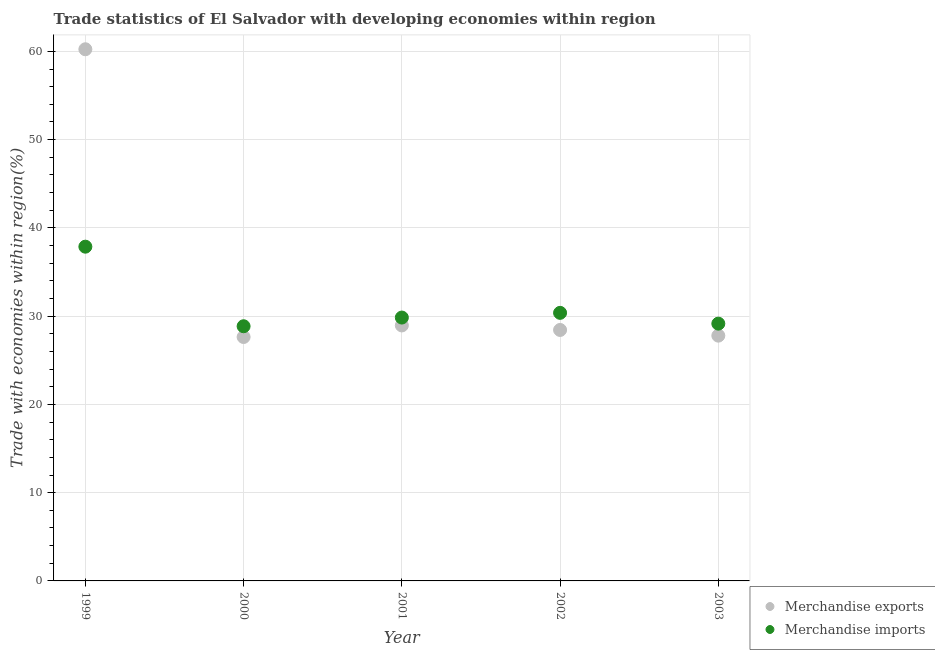
| Year | Merchandise exports | Merchandise imports |
 | --- | --- | --- |
 | 1999 | 60.2 | 37.9 |
 | 2000 | 27.6 | 28.9 |
 | 2001 | 28.9 | 29.8 |
 | 2002 | 28.4 | 30.4 |
 | 2003 | 27.8 | 29.2 |